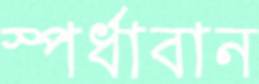
স্পর্ধাবান